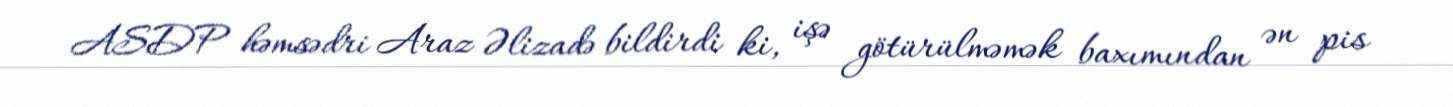
ASDP həmsədri Araz Əlizadə bildirdi ki, işə götürülməmək baxımından ən pis